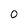
Character: 0